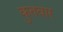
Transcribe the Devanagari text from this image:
कुतवार